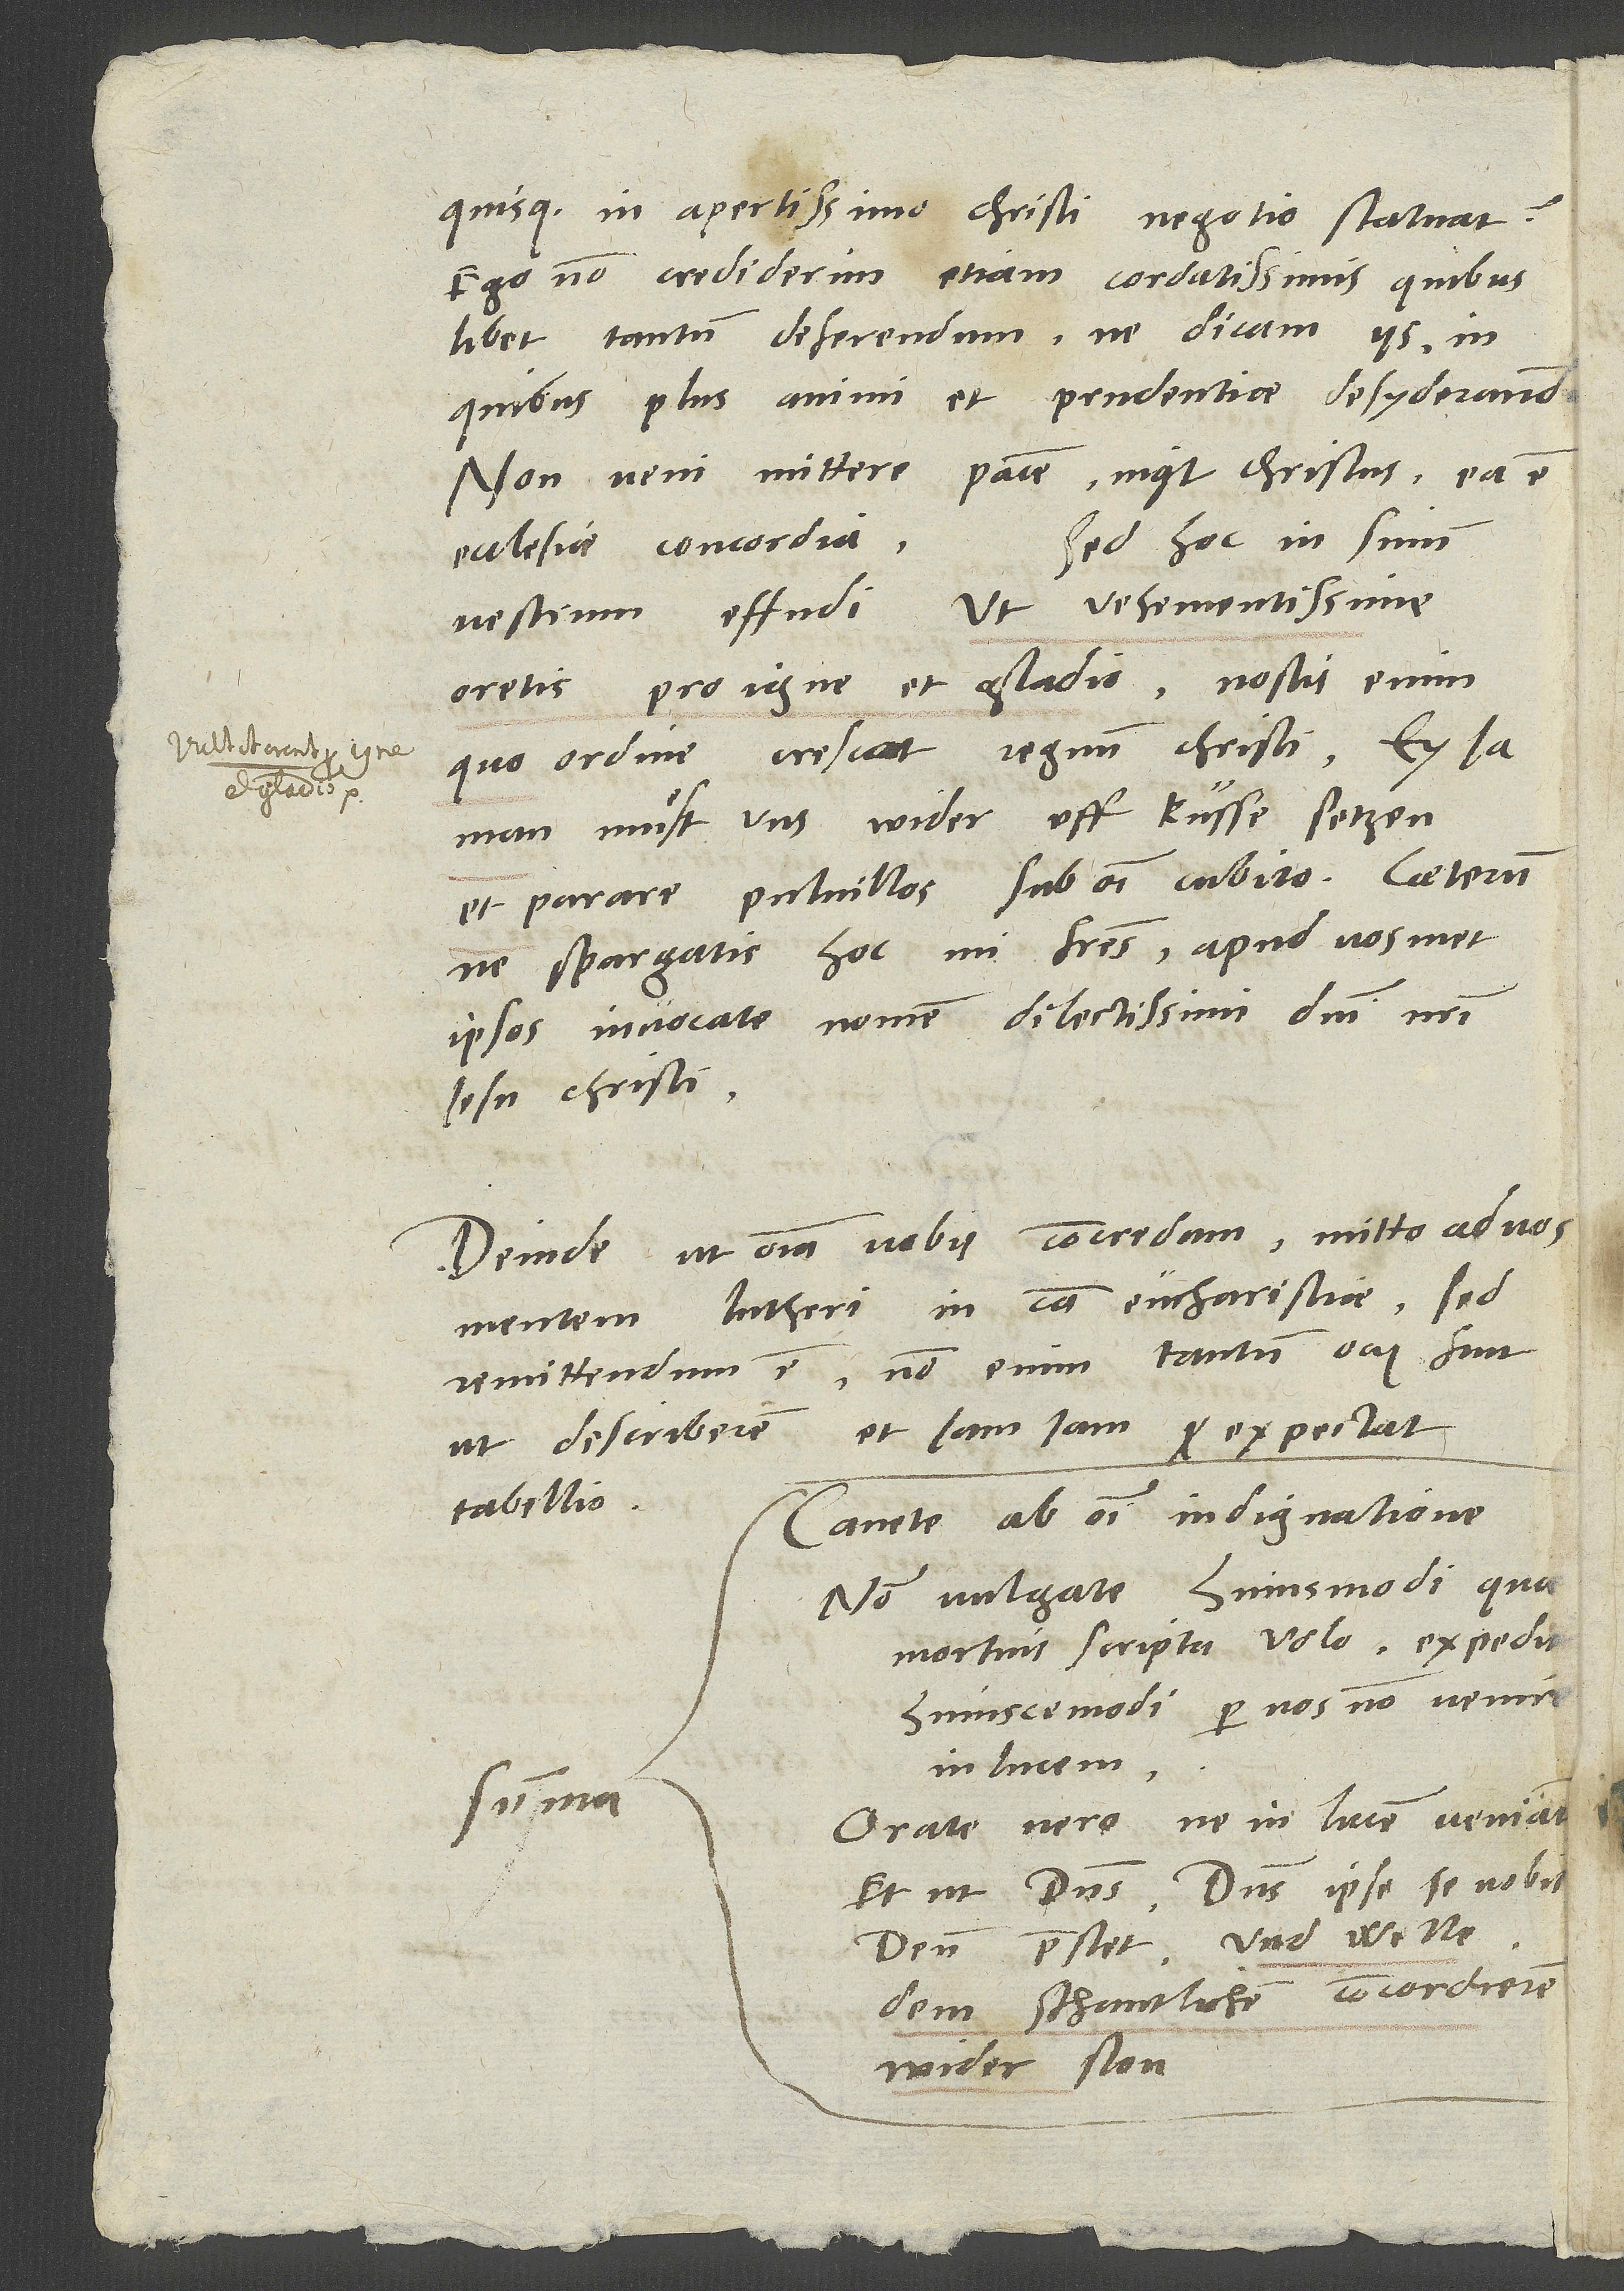
quisque in apertissimo Christi negotio statuat?
Ego non crediderim etiam cordatissimis quibuslibet
tantum deferendum, ne dicam iis, in
quibus plus animi et prudentiae desyderandum.
pacem", inquit Christus . Ea est
"Non veni mittere
Sed hoc in sinum
ecclesiae concordia!
vestrum effudi, ut vehementissime
oretis pro igne et gladio. Nostis enim,
quo ordine crescat regnum Christi. Ey ja,
man muͤst uns wider uff kusse setzen
ne spargatis hoc, mi fratres. Apud vosmet
ipsos invocate nomen dilectissimi domini nostri
Jesu Christi.
Deinde, ut omnia vobis concredam, mitto ad vos
mentem Lutheri in causa eucharistiae. Sed
remittendum est; non enim tantum ocii fuit,
ut describerem, et iamiam expectat
tabellio.
Cavete ab omni indignatione.
Non vulgate huiusmodi, quae
mortuis scripta volo. Expedit
huiuscemodi per nos non venire
in lucem.
Orate vero, ne in lucem veniant
et ut dominus, dominus ipse se nobis
deum praestet und welle
dem schantlichen concordieren
wider ston.